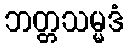
ဘတ္တသမ္မဒံ